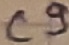
Text: C9